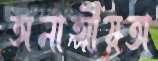
অনাত্মীয়তা